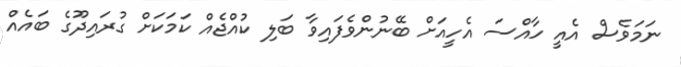
ނަމަވެސް އެއީ ހާއްސަ އެހީއަށް ބޭނުންވެފައިވާ ބަލި ކުއްޖެއް ކަމަކަށް ގުރައިދޫގެ ބައެއް